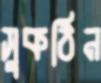
সুকঠিন